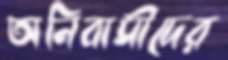
অনিবাসীদের